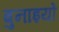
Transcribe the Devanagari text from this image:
बुनाइयों